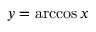
y = \operatorname { a r c c o s } x \,